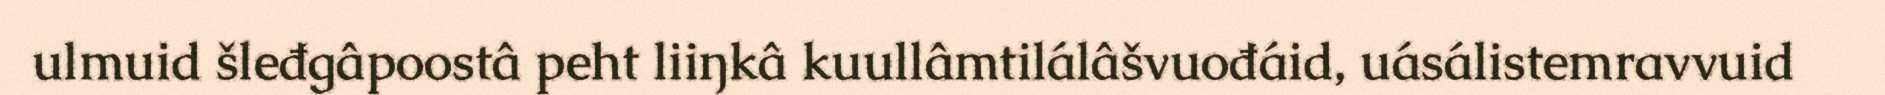
ulmuid šleđgâpoostâ peht liiŋkâ kuullâmtilálâšvuođáid, uásálistemravvuid